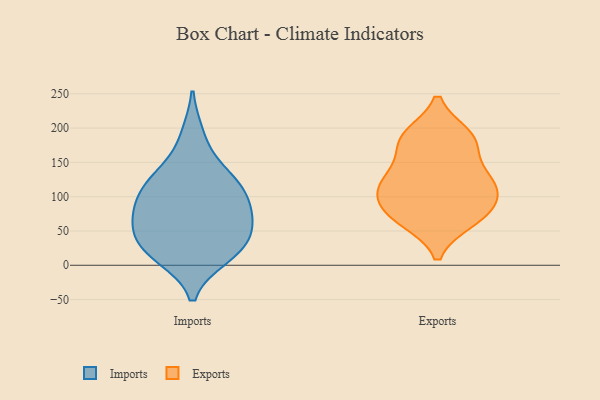
{"axis": {"x": "Demand Index", "y": "Value"}, "legend": ["Exports", "Imports"], "data": [{"x": "", "y": 104, "type": "Imports"}, {"x": "", "y": 42, "type": "Imports"}, {"x": "", "y": 122, "type": "Imports"}, {"x": "", "y": 24, "type": "Imports"}, {"x": "", "y": 66, "type": "Imports"}, {"x": "", "y": 16, "type": "Imports"}, {"x": "", "y": 68, "type": "Imports"}, {"x": "", "y": 38, "type": "Imports"}, {"x": "", "y": 136, "type": "Imports"}, {"x": "", "y": 76, "type": "Imports"}, {"x": "", "y": 13, "type": "Imports"}, {"x": "", "y": 120, "type": "Imports"}, {"x": "", "y": 91, "type": "Imports"}, {"x": "", "y": 189, "type": "Imports"}, {"x": "", "y": 90, "type": "Exports"}, {"x": "", "y": 117, "type": "Exports"}, {"x": "", "y": 136, "type": "Exports"}, {"x": "", "y": 69, "type": "Exports"}, {"x": "", "y": 69, "type": "Exports"}, {"x": "", "y": 174, "type": "Exports"}, {"x": "", "y": 129, "type": "Exports"}, {"x": "", "y": 90, "type": "Exports"}, {"x": "", "y": 187, "type": "Exports"}, {"x": "", "y": 118, "type": "Exports"}, {"x": "", "y": 185, "type": "Exports"}, {"x": "", "y": 65, "type": "Exports"}, {"x": "", "y": 189, "type": "Exports"}, {"x": "", "y": 110, "type": "Exports"}]}